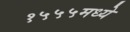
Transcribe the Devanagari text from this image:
१५५५मध्ये